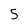
Character: 5